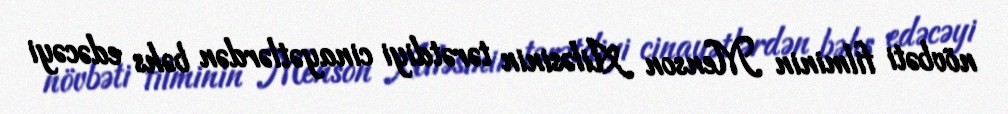
növbəti filminin Menson Ailəsinin tərətdiyi cinayətlərdən bəhs edəcəyi